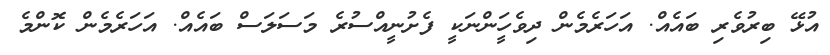
އުޅޭ ބިރުވެރި ބައެއް. އަހަރެމެން ދިވެހީަންނަކީ ފެށުނީއްސުރެ މަސަލަސް ބައެއް. އަހަރެމެން ކޮންމެ